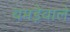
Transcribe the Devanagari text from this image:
चमड़ेवाले